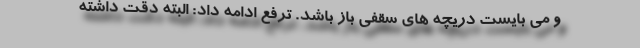
و می بایست دریچه های سقفی باز باشد. ترفع ادامه داد: البته دقت داشته